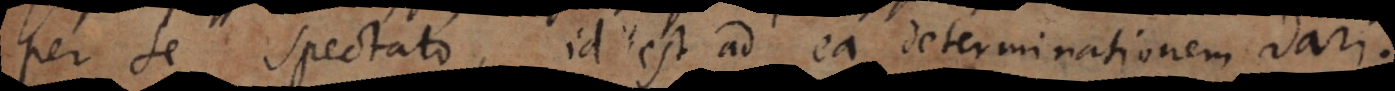
per se spectato, id est ad ea determinationem dari.:)